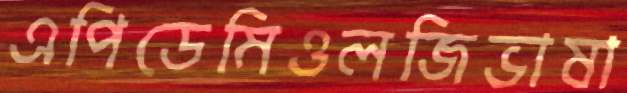
এপিডেমিওলজিভাষা